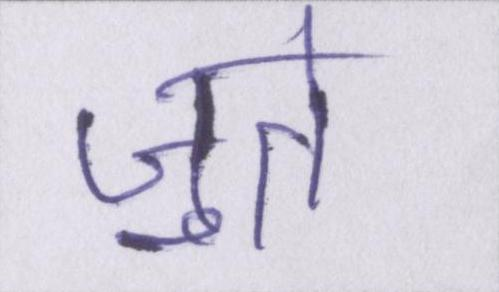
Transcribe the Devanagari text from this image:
जुते